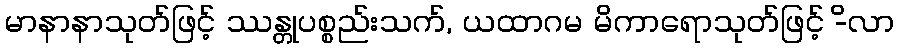
မာနာနာသုတ်ဖြင့် ဿန္တုပစ္စည်းသက်, ယထာဂမ မိကာရောသုတ်ဖြင့် -ိလာ